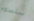
ستسوء